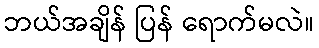
ဘယ်အချိန် ပြန် ရောက်မလဲ။